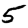
Digit: 5